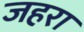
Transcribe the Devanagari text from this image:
जहरा